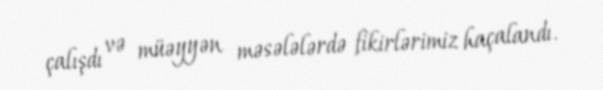
çalışdı və müəyyən məsələlərdə fikirlərimiz haçalandı.